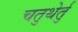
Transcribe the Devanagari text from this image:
चतुथेर्तु